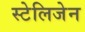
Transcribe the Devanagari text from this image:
स्टेलिजेन